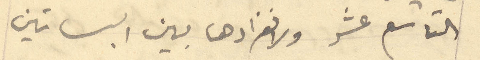
التاسع عشر ولانفرادها بين البساتين